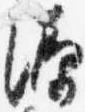
源